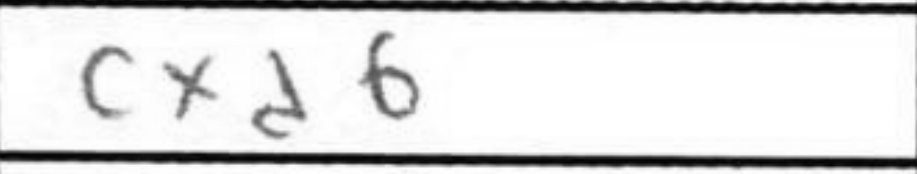
Transcription: cxd6